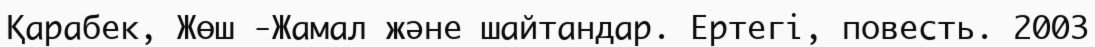
Қарабек, Жөш -Жамал және шайтандар. Ертегі, повесть. 2003